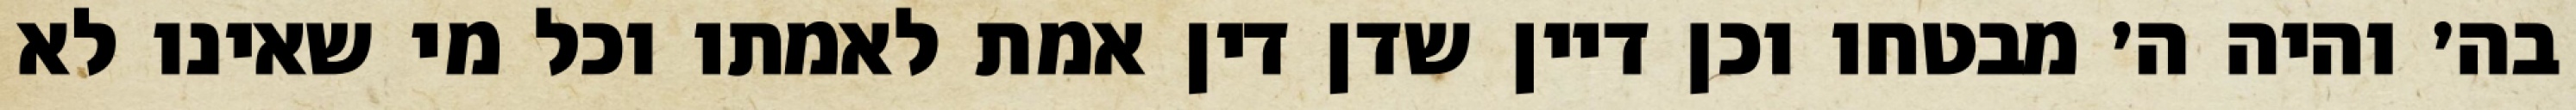
בה׳ והיה ה׳ מבטחו וכן דיין שדן דין אמת לאמתו וכל מי שאינו לא